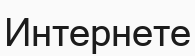
Интернете